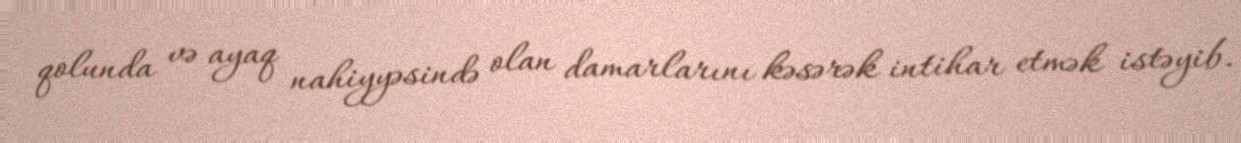
qolunda və ayaq nahiyyəsində olan damarlarını kəsərək intihar etmək istəyib.